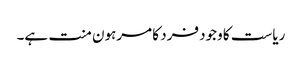
ریاست کا وجود فرد کا مرہون منت ہے۔